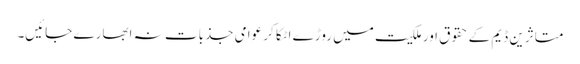
متاثرین ڈیم کے حقوق اور ملکیت میں روڑے اٹکا کر عوامی جذبات نہ ابھارے جائیں۔